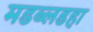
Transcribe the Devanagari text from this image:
मडब्लडहा